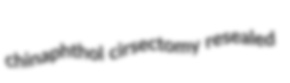
chinaphthol cirsectomy resealed